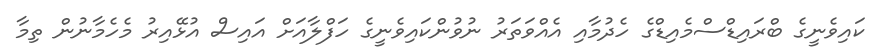
ކައިވެނީގެ ބްރައިޑްސްމެއިޑްގެ ހެދުމާއި އެއްވަތަރު ނުވުންކައިވެނީގެ ހަފްލާއަށް އައިސް އުޅޭއިރު މެހެމާނުން ތިމާ